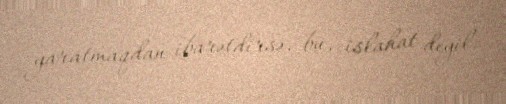
yaratmaqdan ibarətdirsə, bu, islahat deyil.